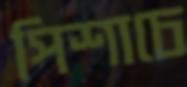
পিশাচে